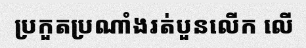
ប្រកួតប្រណាំងរត់បួនលើក លើ